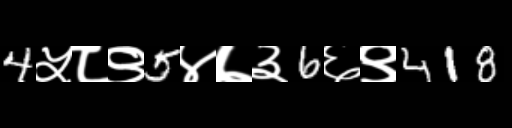
Text: 4५८९5४७३6६९418